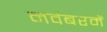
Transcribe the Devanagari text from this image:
नवंबरमें